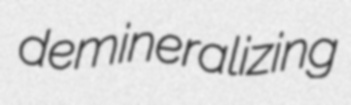
demineralizing